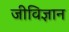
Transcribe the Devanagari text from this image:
जीविज्ञान